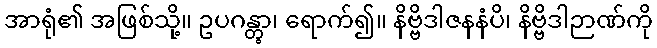
အာရုံ၏ အဖြစ်သို့။ ဥပဂန္တွာ၊ ရောက်၍။ နိဗ္ဗိဒါဇနနံပိ၊ နိဗ္ဗိဒါဉာဏ်ကို